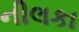
નીલકા